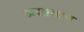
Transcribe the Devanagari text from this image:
असामान